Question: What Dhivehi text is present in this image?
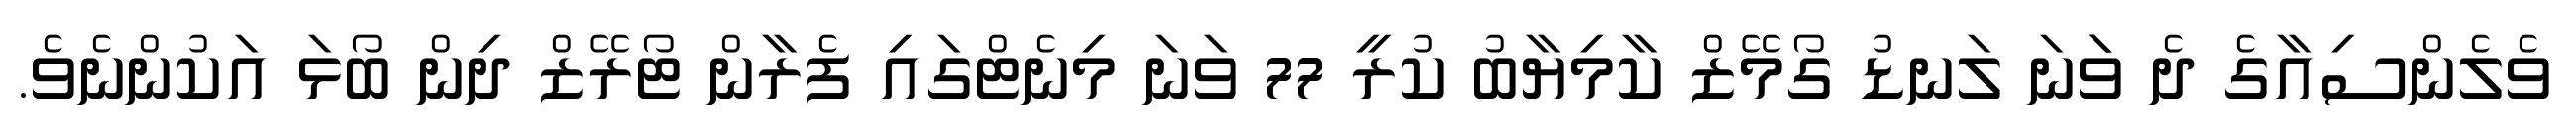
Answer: ވެލެންސިއާގެ ދެ ވަަނަ ލަނޑު ގޯމޭޒް ކާމިޔާބު ކުރީ 77 ވަނަ މިނެޓްގައި ފެރާން ޓޯރޭޒް ދިން ބޯޅަ އަކުންނެވެ.